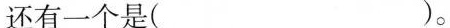
还有一个是（ ）。